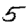
Digit: 5